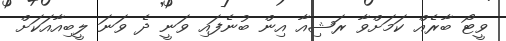
ވީޓޯ ބާރެއް ކަމަށްވާ ރަޝިއާ އިން ބުނެފައި ވަނީ ދެ ވަނަ ލީބިއާއަކަށް